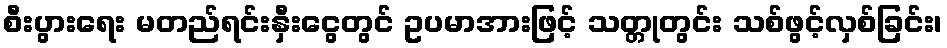
စီးပွားရေး မတည်ရင်းနှီးငွေတွင် ဥပမာအားဖြင့် သတ္တုတွင်း သစ်ဖွင့်လှစ်ခြင်း၊